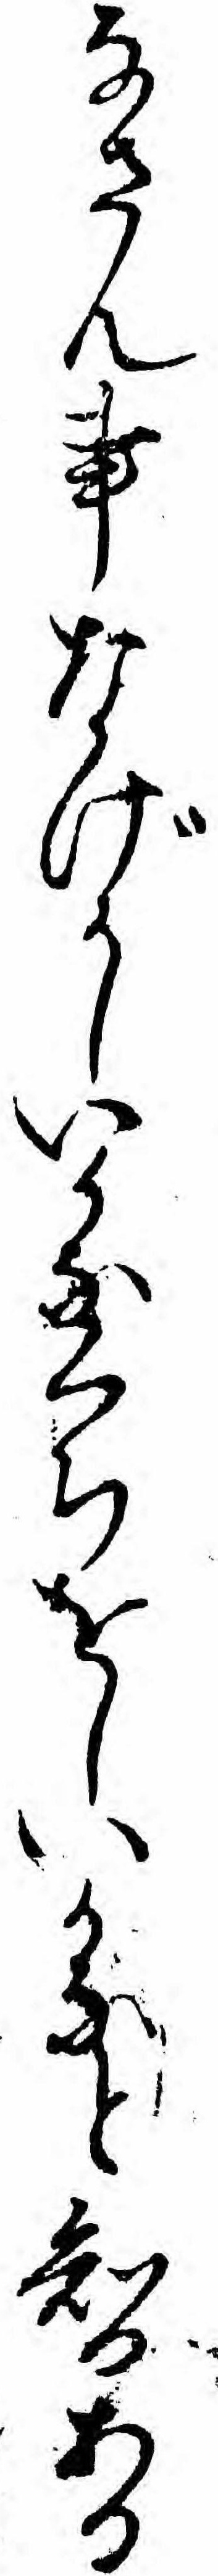
なさん事なげかしいかなくちをしいかなと智ある